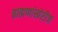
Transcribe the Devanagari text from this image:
ब्राह्मणांखेरीज